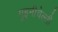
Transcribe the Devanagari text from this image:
गुइनीचेल्ली